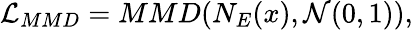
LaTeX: \mathcal{L}_{MMD}=MMD(N_{E}(x),\mathcal{N}(0,1)),